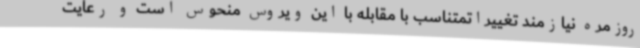
روزمره نیازمند تغییراتمتناسب با مقابله با این ویروس منحوس است و رعایت